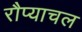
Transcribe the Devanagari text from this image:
रौप्याचल